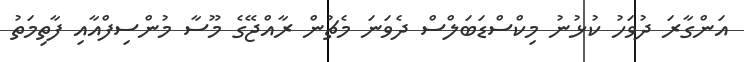
އަންގާރަ ދުވަހު ކުޅުނު މިކްސްޑަބަލްސް ދެވަނަ މެޗުން ރާއްޖޭގެ މޫސާ މުންސިފްއާއި ފާތިމަތު